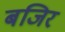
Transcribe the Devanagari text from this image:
बजिर